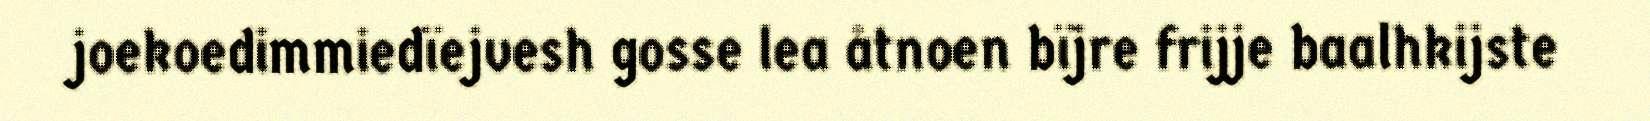
joekoedimmiedïejvesh gosse lea åtnoen bïjre frijje baalhkijste